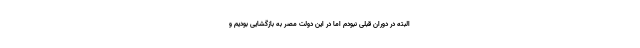
البته در دوران قبلی نبودم اما در این دولت مصر به بازگشایی بودیم و